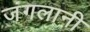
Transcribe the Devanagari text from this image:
जंगलानी